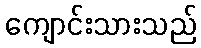
ကျောင်းသားသည်